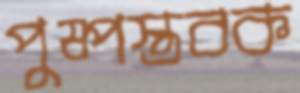
পুষ্পস্তবক